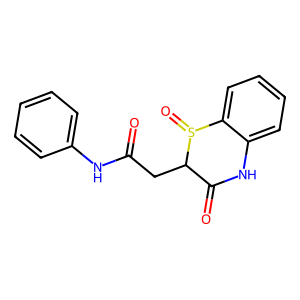
SMILES: O=C(CC1C(=O)Nc2ccccc2S1=O)Nc1ccccc1
Inhibits HIV replication: No